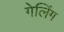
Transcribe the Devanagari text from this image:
गेलिंग